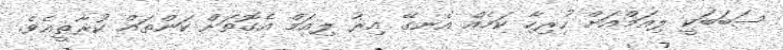
ސަބަބަކީ ލިއަމްއަށް ހުރިހާ ކަމެއް އެނގޭ އިރު ލިއަމް އެގޮތަށް ކަންތައް ކުރާތީއެވެ.